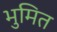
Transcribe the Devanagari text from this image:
भुमित